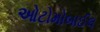
ઓટોમોબાઈલ